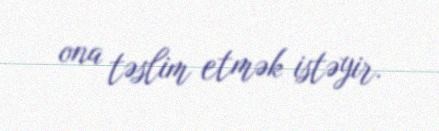
ona təslim etmək istəyir.